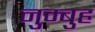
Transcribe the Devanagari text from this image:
नुम्बुह